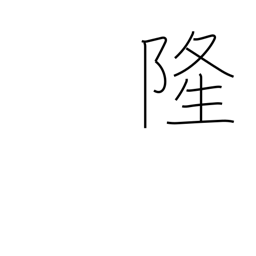
Meaning: prosperity